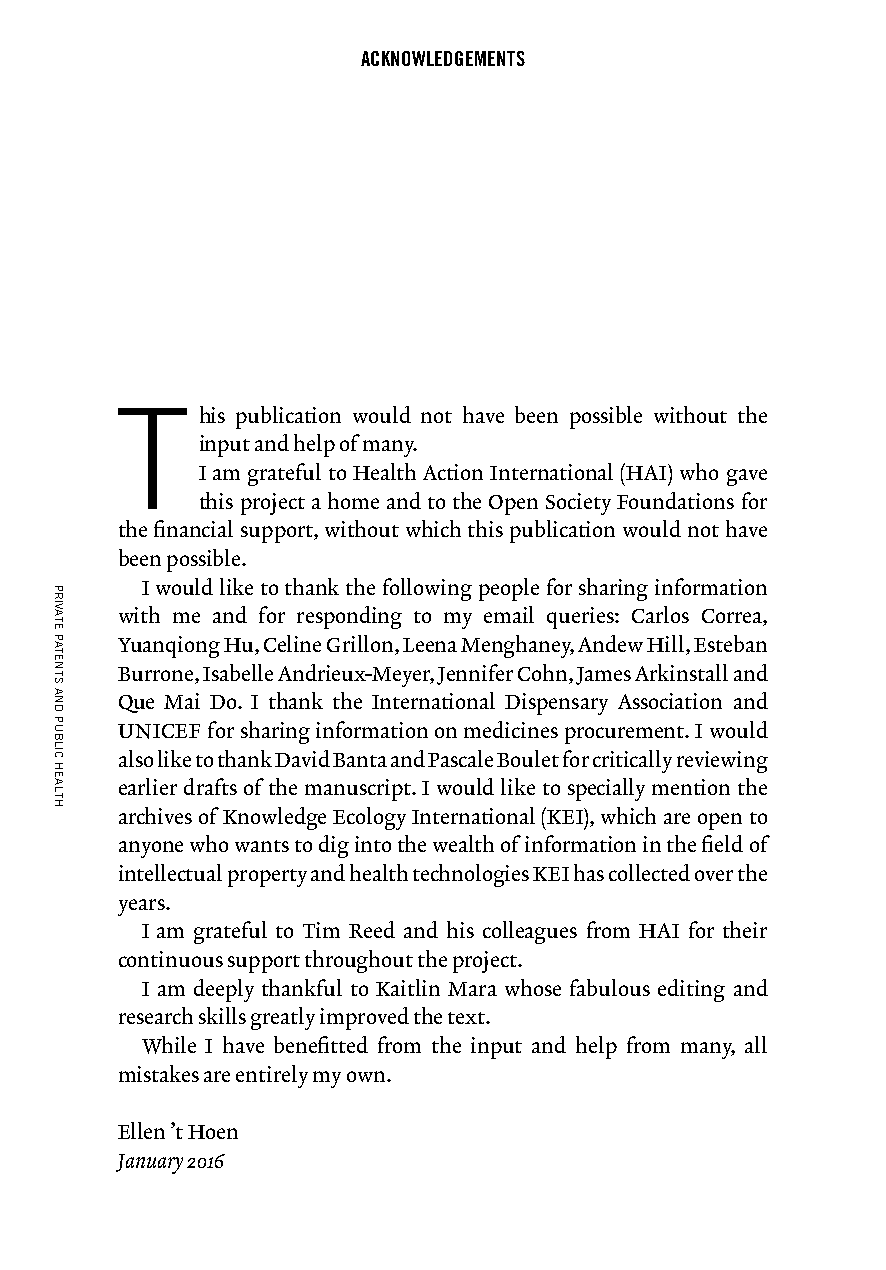
ACKNOWLEDGEMENTS
 T
 his publication would not have been possible without the
 input and help of many.
 I am grateful to Health Action International (HAI) who gave
 this project a home and to the Open Society Foundations for
 the financial support, without which this publication would not have
 been possible.
 I would like to thank the following people for sharing information
 with me and for responding to my email queries: Carlos Correa,
 Yuanqiong Hu, Celine Grillon, Leena Menghaney, Andew Hill, Esteban
 Burrone, Isabelle Andrieux-Meyer, Jennifer Cohn, James Arkinstall and
 Que Mai Do. I thank the International Dispensary Association and
 UNICEF for sharing information on medicines procurement. I would
 also like to thank David Banta and Pascale Boulet for critically reviewing
 earlier drafts of the manuscript. I would like to specially mention the
 archives of Knowledge Ecology International (KEI), which are open to
 anyone who wants to dig into the wealth of information in the field of
 intellectual property and health technologies KEI has collected over the
 years.
 I am grateful to Tim Reed and his colleagues from HAI for their
 continuous support throughout the project.
 I am deeply thankful to Kaitlin Mara whose fabulous editing and
 research skills greatly improved the text.
 While I have benefitted from the input and help from many, all
 mistakes are entirely my own.
 Ellen ’t Hoen
 January 2016
 PRIVATE
 PATENTS
 AND
 PUBLIC
 HEALTH